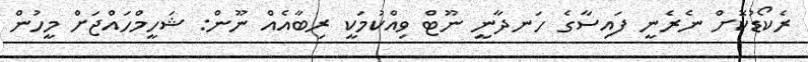
ރެކޯޑުކޮށް ނެރެނީ ފައިސާގެ ހަނދާނީ ނޫޓް ވިއްކުމަކީ ރިބާއެއް ނޫން: ޝަހީމްހައްޖަށް މީހުން